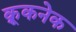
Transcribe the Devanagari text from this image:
क्रूकनेक